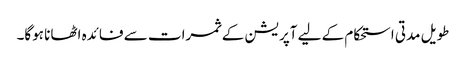
طویل مدتی استحکام کے لیے آپریشن کے ثمرات سے فائدہ اٹھانا ہوگا۔